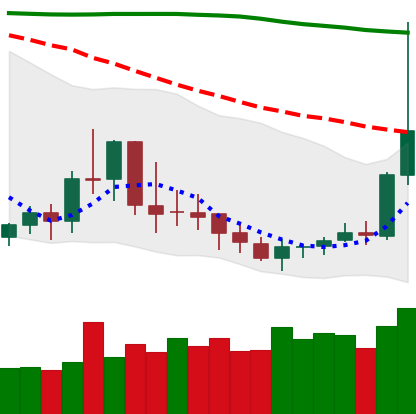
Ticker: DOGE-USD
Chart end date: 2019-09-18
Forward return: -8.569%
Label: down_7plus